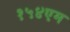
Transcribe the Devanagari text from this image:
१५४एम